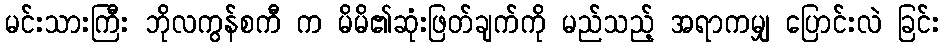
မင်းသားကြီး ဘိုလကွန်စကီ က မိမိ၏ဆုံးဖြတ်ချက်ကို မည်သည့် အရာကမျှ ပြောင်းလဲ ခြင်း